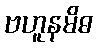
ဗဟူနမိဓ